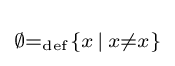
\scriptstyle {\emptyset =_{\mathrm {def} }\{x\,|\,x\neq x\}}